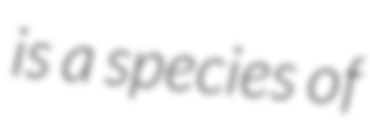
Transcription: is a species of